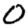
Digit: 0